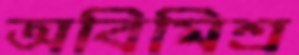
অবিমিশ্র